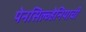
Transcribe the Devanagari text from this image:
पेनसिल्व्हेनियाची